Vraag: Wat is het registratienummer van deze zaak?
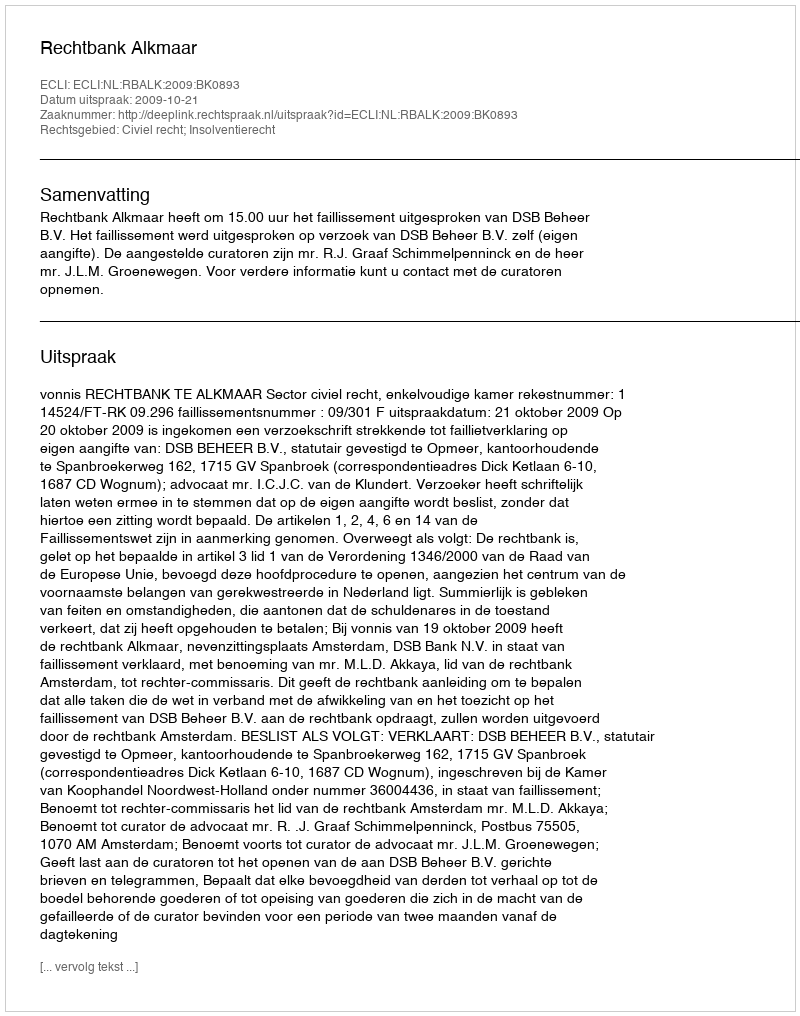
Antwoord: http://deeplink.rechtspraak.nl/uitspraak?id=ECLI:NL:RBALK:2009:BK0893